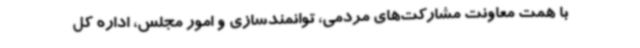
با همت معاونت مشارکت‌های مردمی، توانمندسازی و امور مجلس، اداره کل